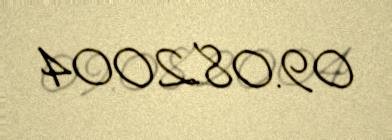
09.08.2004